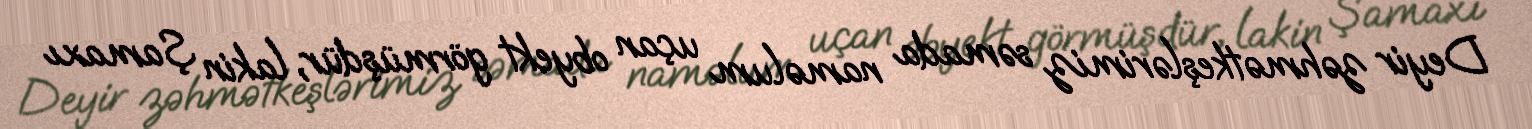
Deyir zəhmətkeşlərimiz səmada naməlum uçan obyekt görmüşdür, lakin Şamaxı